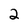
Character: 2